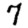
Digit: 7